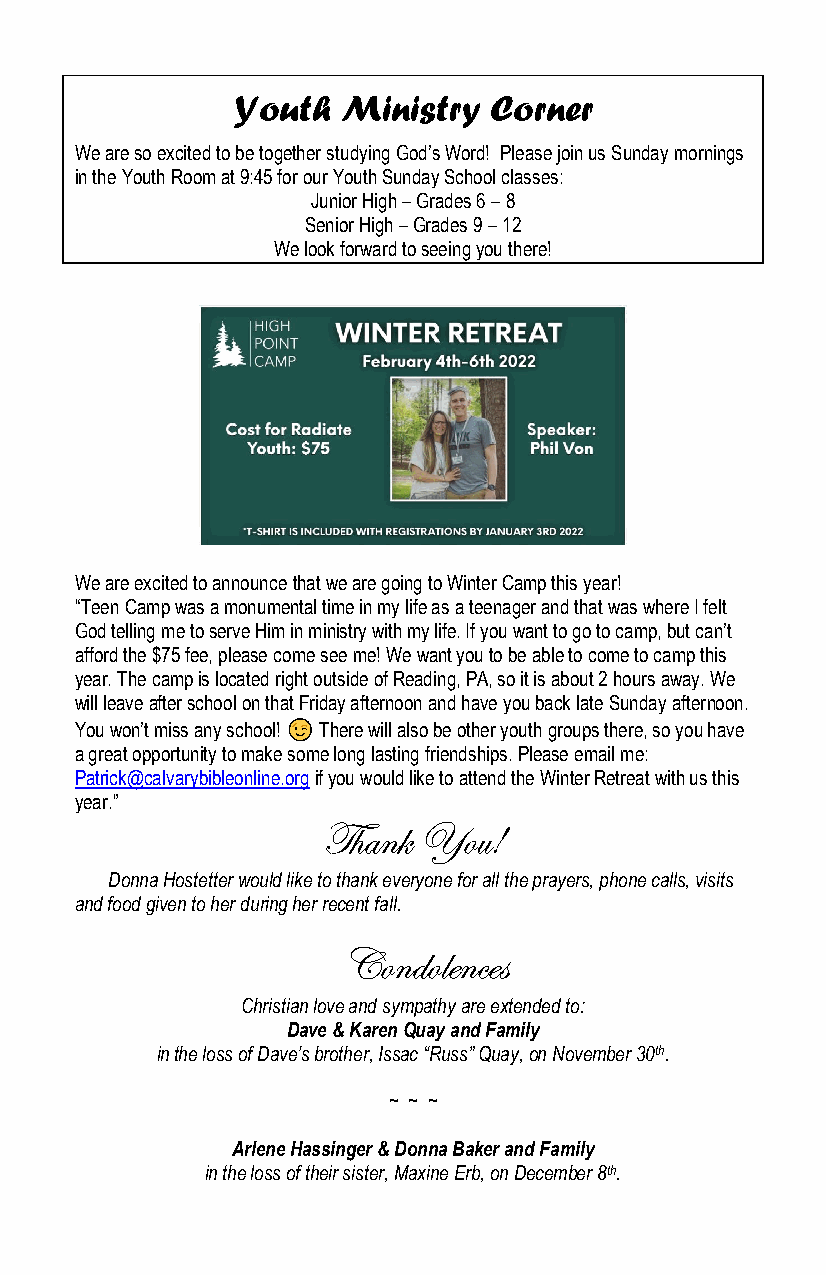
Youth   Ministry Corner
 We are so excited to be together studying God’s Word! Please join us Sunday mornings
 in the Youth Room at 9:45 for our Youth Sunday School classes:
 Junior High – Grades 6 – 8
 Senior High – Grades 9 – 12
 We look forward to seeing you there!
 We are excited to announce that we are going to Winter Camp this year!
 “Teen Camp was a monumental time in my life as a teenager and that was where I felt
 God telling me to serve Him in ministry with my life. If you want to go to camp, but can’t
 afford the $75 fee, please come see me! We want you to be able to come to camp this
 year. The camp is located right outside of Reading, PA, so it is about 2 hours away. We
 will leave after school on that Friday afternoon and have you back late Sunday afternoon.
 You won’t miss any school! There will also be other youth groups there, so you have
 a great opportunity to make some long lasting friendships. Please email me:
 Patrick@calvarybibleonline.org if you would like to attend the Winter Retreat with us this
 year.”
 Thank  You!
 Donna Hostetter would like to thank everyone for all the prayers, phone calls, visits
 and food given to her during her recent fall.
 Condolences
 Christian love and sympathy are extended to:
 Dave & Karen Quay and Family
 in the loss of Dave’s brother, Issac “Russ” Quay, on November 30th.
 ~ ~ ~
 Arlene Hassinger & Donna Baker and Family
 in the loss of their sister, Maxine Erb, on December 8th.